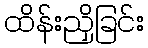
ထိန်းညှိခြင်း